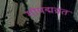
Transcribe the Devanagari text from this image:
गोपद्मव्रत